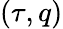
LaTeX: (\tau,q)